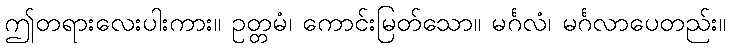
ဤတရားလေးပါးကား။ ဥတ္တမံ၊ ကောင်းမြတ်သော။ မင်္ဂလံ၊ မင်္ဂလာပေတည်း။